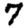
Digit: 7